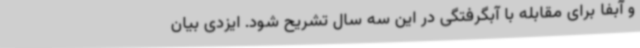
و آبفا برای مقابله با آبگرفتگی در این سه سال تشریح شود. ایزدی بیان